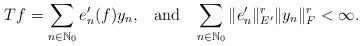
LaTeX: \begin{align*}Tf=\sum_{n\in\mathbb{N}_0} e_n'(f)y_n,\,\,\,\,\,\textnormal{and}\,\,\,\,\,\sum_{n\in\mathbb{N}_0} \Vert e_n' \Vert^r_{E'}\Vert y_n \Vert^r_{F}<\infty.\end{align*}